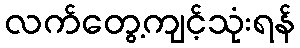
လက်တွေ့ကျင့်သုံးရန်